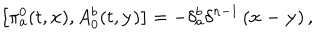
LaTeX: \left[ \pi _ { a } ^ { 0 } ( t , \mathbf { x } ) , A _ { 0 } ^ { b } ( t , \mathbf { y } ) \right] = - \delta _ { a } ^ { b } \delta ^ { n - 1 } \left( \mathbf { x - y } \right) ,